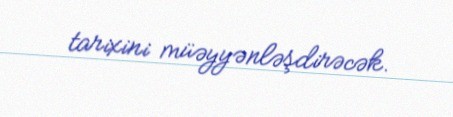
tarixini müəyyənləşdirəcək.